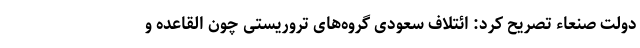
دولت صنعاء تصریح کرد: ائتلاف سعودی گروه‌های تروریستی چون القاعده و